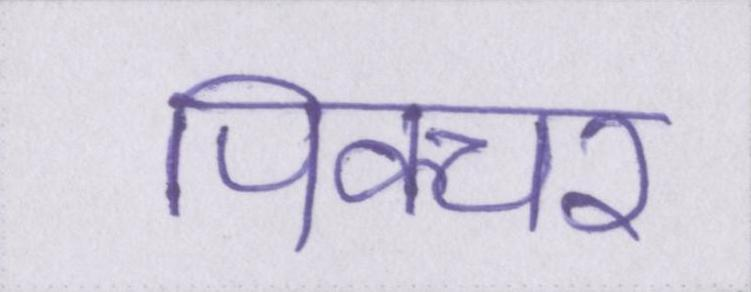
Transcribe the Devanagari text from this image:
पिक्चर